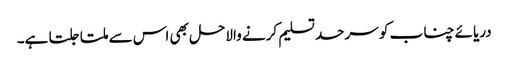
دریائے چناب کو سرحد تسلیم کرنے والاحل بھی اس سے ملتا جلتا ہے۔